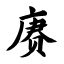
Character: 赓